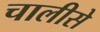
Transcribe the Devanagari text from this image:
चालीसे